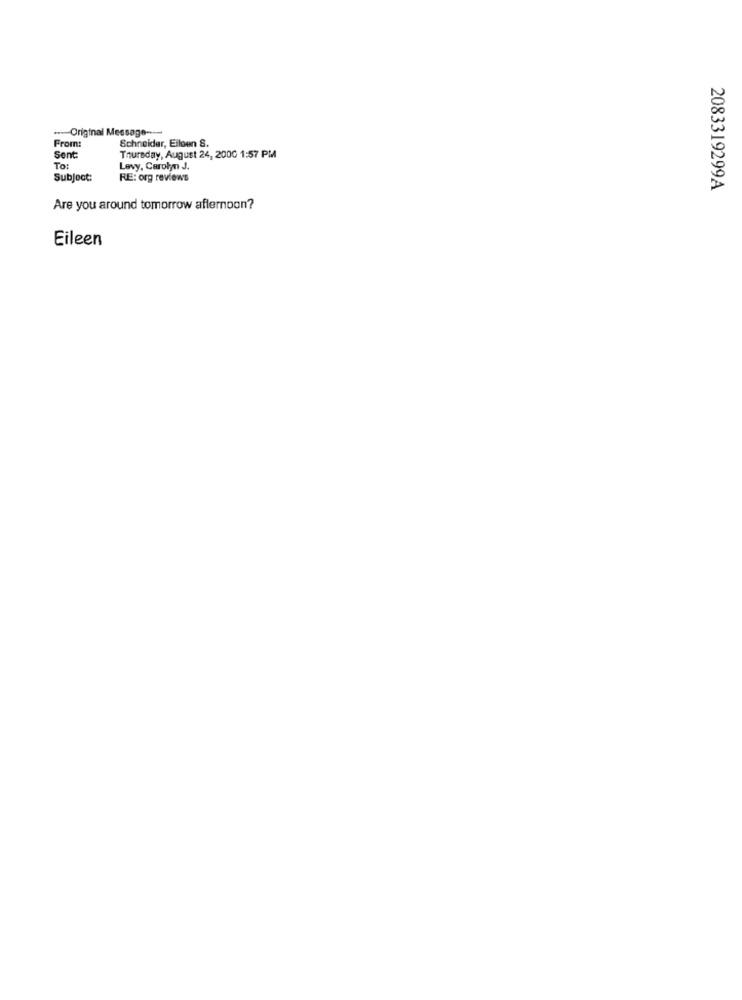
Original Message ----
From:
Schneider, Esloen S.
Sent:
Thursday, August 24, 2000 1:57 PM
To:
Levy, Carolyn J.
Subject:
RE: org reviews
2083319299A
Are you around tomorrow afternoon?
Eileen